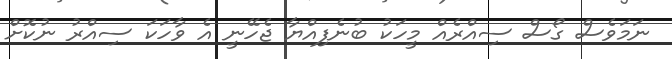
ނަމަވެސް ގޯސް ސިއްރެއް މީހަކު ބުނެފިއްޔާ ޖެހޭނީ އެ ވާހަކަ ސިއްރު ނުކޮށް